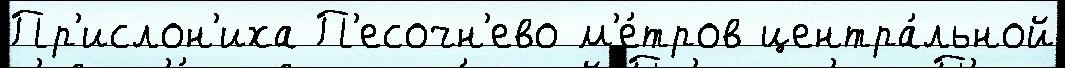
Пр'ислон'иха П'есочн'ево м'е́тров центра́льной